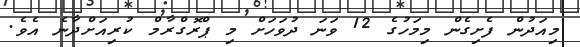
މިއަދުން ފެށިގެން މިމަހުގެ 12 ވަނަ ދުވަހަށް މި ޕްރޮގްރާމް ކުރިއަށްދާނެ އެވެ.